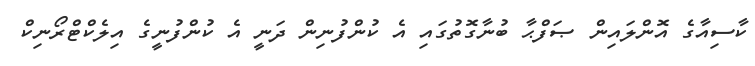
ކާސިއާގެ އޮންލައިން ޞަފްޙާ ބުނާގޮތުގައި އެ ކުންފުނިން ދަނީ އެ ކުންފުނީގެ އިލެކްޓްރޯނިކް